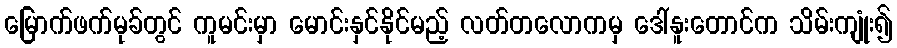
မြောက်ဖက်မုခ်တွင် ကူမင်းမှာ မောင်းနှင်နိုင်မည့် လတ်တလောကမှ ဒေါ်နူးတောင်က သိမ်းကျုံး၍